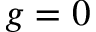
g = 0